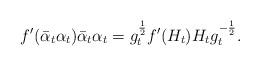
LaTeX: \begin{align*}f'(\bar{\alpha}_t\alpha_t)\bar{\alpha}_t\alpha_t=g_t^{\frac{1}{2}}f'(H_t)H_tg_t^{-\frac{1}{2}}.\end{align*}